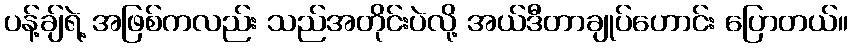
ပန့်ချ်ရဲ့ အဖြစ်ကလည်း သည်အတိုင်းပဲလို့ အယ်ဒီတာချုပ်ဟောင်း ပြောတယ်။